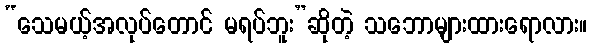
“သေမယ့်အလုပ်တောင် မရပ်ဘူး”ဆိုတဲ့ သဘောများထားရောလား။